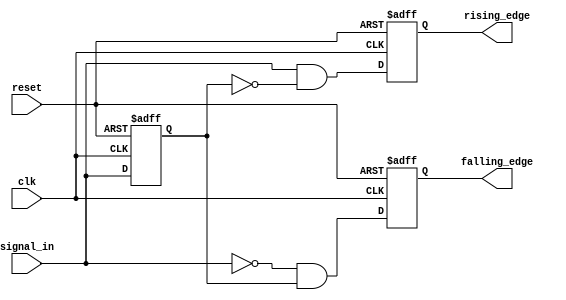
module EdgeDetector (
    input wire clk,             // Clock input
    input wire reset,           // Asynchronous reset
    input wire signal_in,       // Input signal to be monitored
    output reg rising_edge,     // Output signal for rising edge detection
    output reg falling_edge     // Output signal for falling edge detection
);

    reg prev_state;             // Previous state register

    // Asynchronous reset and edge detection on the rising edge of the clock
    always @(posedge clk or posedge reset) begin
        if (reset) begin
            prev_state <= 1'b0; // Initialize prev_state to 0 on reset
            rising_edge <= 1'b0; // Initialize output signals
            falling_edge <= 1'b0;
        end else begin
            // Edge detection logic
            rising_edge <= (signal_in == 1'b1) && (prev_state == 1'b0);
            falling_edge <= (signal_in == 1'b0) && (prev_state == 1'b1);
            
            // Update previous state
            prev_state <= signal_in;
        end
    end

endmodule